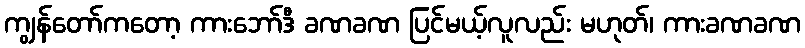
ကျွန်တော်ကတော့ ကားဘော်ဒီ ခဏခဏ ပြင်မယ့်လူလည်း မဟုတ်၊ ကားခဏခဏ